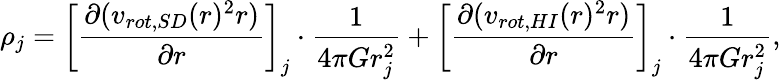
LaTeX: \rho_{j}=\left[\frac{\partial(v_{rot,SD}(r)^{2}r)}{\partial r}\right]_{j}\cdot\frac{1}{4\pi Gr_{j}^{2}}+\left[\frac{\partial(v_{rot,HI}(r)^{2}r)}{\partial r}\right]_{j}\cdot\frac{1}{4\pi Gr_{j}^{2}},